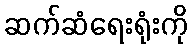
ဆက်ဆံရေးရုံးကို